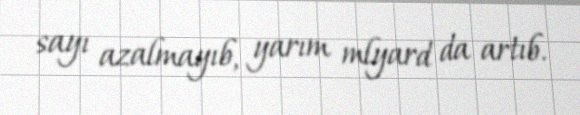
sayı azalmayıb, yarım mlyard da artıb.